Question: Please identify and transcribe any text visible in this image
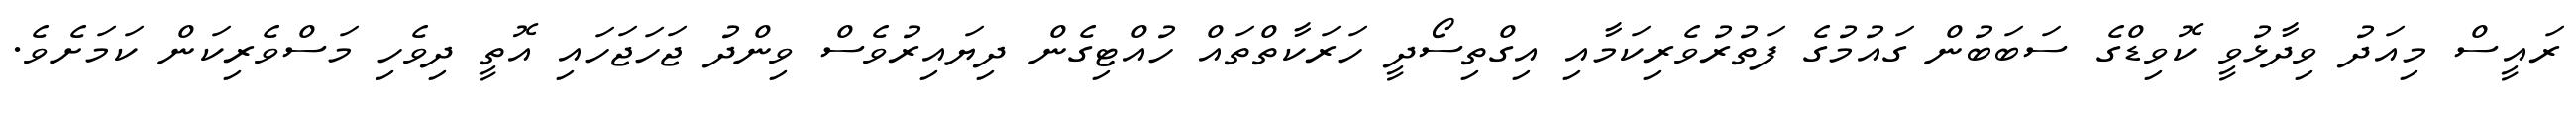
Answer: ރައީސް މިއަދު ވިދާޅުވީ ކޮވިޑްގެ ސަބަބުން ގައުމުގެ ފަތުރުވެރިކަމާއި އިގްތިސޯދީ ހަރަކާތްތައް ހުއްޓިގެން ދިޔައިރުވެސް ވިންދު ޖަހަޖަހައި އޮތީ ދިވެހި މަސްވެރިކަން ކަމަށެވެ.